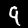
Digit: 9